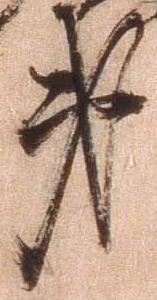
第